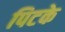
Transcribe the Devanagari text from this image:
पिटके